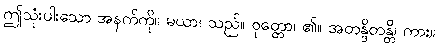
ဤသုံးပါးသော အနက်ကို။ မယာ၊ သည်။ ဝုတ္တော၊ ၏။ အတန္ဒိတန္တိ၊ ကား။